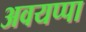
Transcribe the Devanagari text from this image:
अवयप्पा